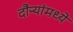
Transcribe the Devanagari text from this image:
दौऱ्यांमध्ये